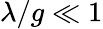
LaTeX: \lambda/g\ll 1